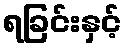
ရခြင်းနှင့်